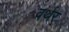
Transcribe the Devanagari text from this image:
वर्थर